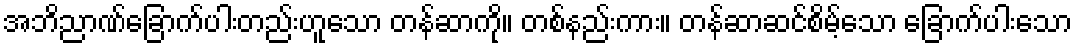
အဘိညာဏ်ခြောက်ပါးတည်းဟူသော တန်ဆာကို။ တစ်နည်းကား။ တန်ဆာဆင်စိမ့်သော ခြောက်ပါးသော